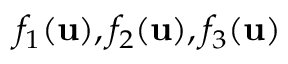
f _ { 1 } ( { \mathbf { u } } ) , f _ { 2 } ( { \mathbf { u } } ) , f _ { 3 } ( { \mathbf { u } } )